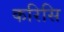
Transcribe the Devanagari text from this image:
करिसि